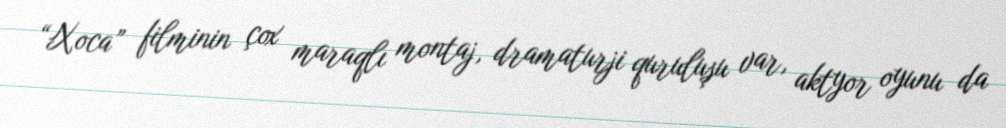
“Xoca” filminin çox maraqlı montaj, dramaturji quruluşu var, aktyor oyunu da